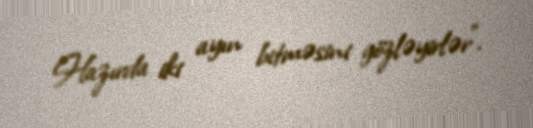
Hazırda iki ayın bitməsini gözləyirlər”.